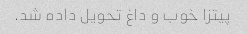
پیتزا خوب و داغ تحویل داده شد.